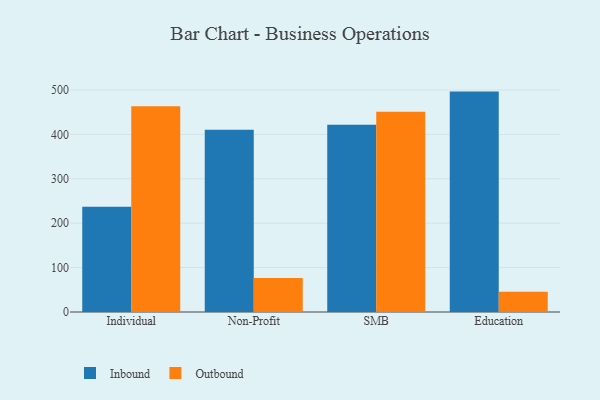
{"axis": {"x": "Segment", "y": "Active Users"}, "legend": ["Inbound", "Outbound"], "data": [{"x": "Individual", "y": 236.8, "type": "Inbound"}, {"x": "Individual", "y": 463.4, "type": "Outbound"}, {"x": "Non-Profit", "y": 410.2, "type": "Inbound"}, {"x": "Non-Profit", "y": 76.7, "type": "Outbound"}, {"x": "SMB", "y": 421.6, "type": "Inbound"}, {"x": "SMB", "y": 450.9, "type": "Outbound"}, {"x": "Education", "y": 496.4, "type": "Inbound"}, {"x": "Education", "y": 45.8, "type": "Outbound"}]}